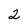
Character: 2